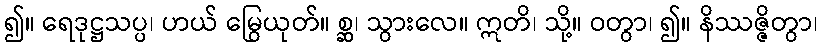
၍။ ရေဒုဋ္ဌသပ္ပ၊ ဟယ် မြွေယုတ်။ စ္ဆ၊ သွားလေ။ ဣတိ၊ သို့။ ဝတွာ၊ ၍။ နိဿဇ္ဇိတွာ၊